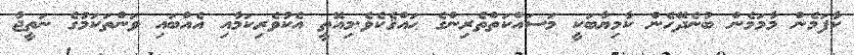
ކާފަމެން މާމަމެން ބުނެދޭހެން ކާމިޔާބަކީ މަސައްކަތްތެރިންގެ ޙައްޤެކެވެ.މިއޮތީ އެކުވެރިކަމާއި އެއްބައި ވަންތަކަމުގެ ނަތީޖާ